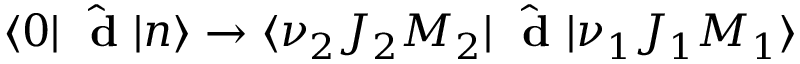
\langle 0 | \hat { \mathrm { ~ \bf ~ d ~ } } | n \rangle \to \langle \nu _ { 2 } J _ { 2 } M _ { 2 } | \hat { \mathrm { ~ \bf ~ d ~ } } | \nu _ { 1 } J _ { 1 } M _ { 1 } \rangle